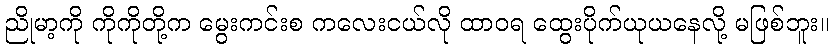
ညိုမာ့ကို ကိုကိုတို့က မွေးကင်းစ ကလေးငယ်လို ထာဝရ ထွေးပိုက်ယုယနေလို့ မဖြစ်ဘူး။